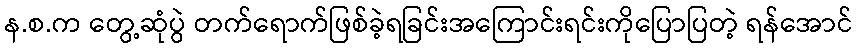
န.စ.က တွေ့ဆုံပွဲ တက်ရောက်ဖြစ်ခဲ့ရခြင်းအကြောင်းရင်းကိုပြောပြတဲ့ ရန်အောင်